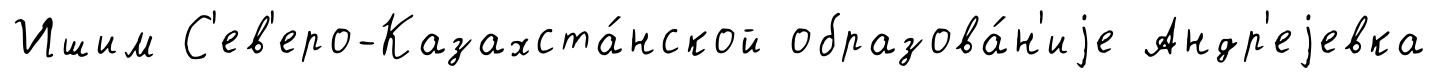
Ишим С'ев'еро-Казахста́нской образова́н'иjе Андр'еjевка